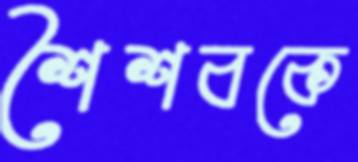
শৈশবকে